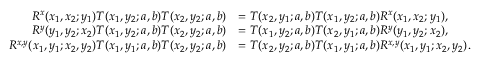
\begin{array} { r l } { R ^ { x } ( x _ { 1 } , x _ { 2 } ; y _ { 1 } ) T ( x _ { 1 } , y _ { 2 } ; a , b ) T ( x _ { 2 } , y _ { 2 } ; a , b ) } & { = T ( x _ { 2 } , y _ { 1 } ; a , b ) T ( x _ { 1 } , y _ { 2 } ; a , b ) R ^ { x } ( x _ { 1 } , x _ { 2 } ; y _ { 1 } ) , } \\ { R ^ { y } ( y _ { 1 } , y _ { 2 } ; x _ { 2 } ) T ( x _ { 1 } , y _ { 2 } ; a , b ) T ( x _ { 2 } , y _ { 2 } ; a , b ) } & { = T ( x _ { 1 } , y _ { 2 } ; a , b ) T ( x _ { 2 } , y _ { 1 } ; a , b ) R ^ { y } ( y _ { 1 } , y _ { 2 } ; x _ { 2 } ) , } \\ { R ^ { x , y } ( x _ { 1 } , y _ { 1 } ; x _ { 2 } , y _ { 2 } ) T ( x _ { 1 } , y _ { 1 } ; a , b ) T ( x _ { 2 } , y _ { 2 } ; a , b ) } & { = T ( x _ { 2 } , y _ { 2 } ; a , b ) T ( x _ { 1 } , y _ { 1 } ; a , b ) R ^ { x , y } ( x _ { 1 } , y _ { 1 } ; x _ { 2 } , y _ { 2 } ) . } \end{array}